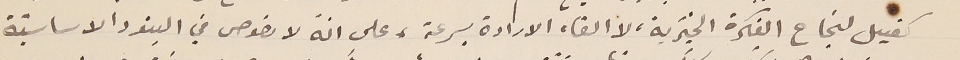
كفيل لنجاع الفكرة الخَيرية، لا الغاء الارادة بسرعة، على انّه لا نصوص في البنود الاساسيّة